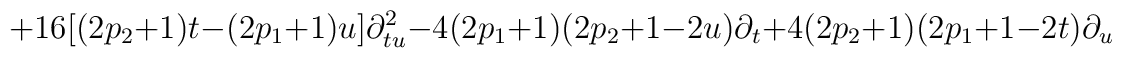
+16[(2p_{2}+1)t-(2p_{1}+1)u]\partial_{tu}^{2}-4(2p_{1}+1)(2p_{2}+1-2u)\partial_{t}+4(2p_{2}+1)(2p_{1}+1-2t)\partial _{u}